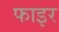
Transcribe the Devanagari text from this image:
फाइर